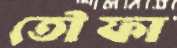
তৌফা